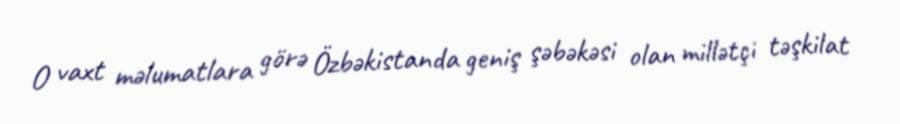
O vaxt məlumatlara görə Özbəkistanda geniş şəbəkəsi olan millətçi təşkilat